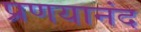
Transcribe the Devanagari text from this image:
प्रणयानंद